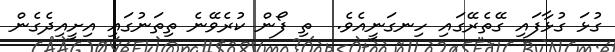
ގުޅަ ގުޅާފައި ގޭތެރޭގައި ހިނގަނީއެވެ.  ތި ފޯން ކުރެވޭނެ ތިތަނުގައި އިށީއިދެގެން